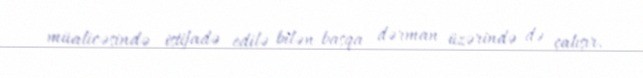
müalicəsində istifadə edilə bilən başqa dərman üzərində də çalışır.